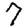
Digit: 7